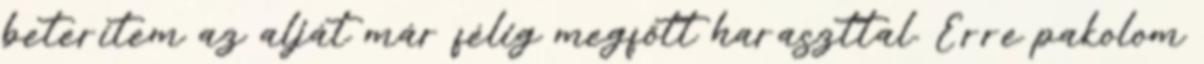
beterítem az alját már félig megfőtt haraszttal. Erre pakolom